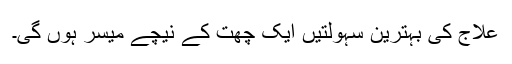
علاج کی بہترین سہولتیں ایک چھت کے نیچے میسر ہوں گی۔